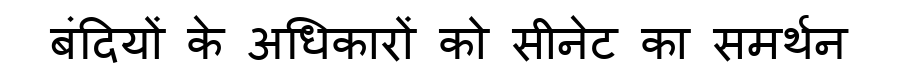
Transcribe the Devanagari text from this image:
बंदियों के अधिकारों को सीनेट का समर्थन